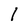
Character: 1